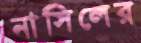
নাসিলের